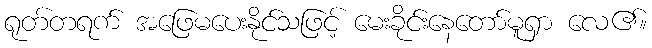
ရုတ်တရက် အဖြေမပေးနိုင်သဖြင့် မေးခိုင်းနေတော်မူရှာ လေ၏။